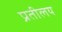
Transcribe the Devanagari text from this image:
प्रतीलय